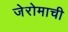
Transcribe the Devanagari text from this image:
जेरोमाची